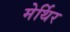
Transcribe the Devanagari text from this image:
मेर्थिर